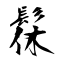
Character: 髹